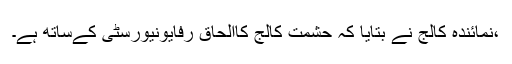
،نمائندہ کالج نے بتایا کہ حشمت کالج کاالحاق رفایونیورسٹی کےساتھ ہے۔